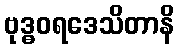
ဗုဒ္ဓဝရဒေသိတာနိ